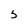
Character: 5